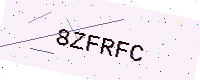
Text: 8ZFRFC